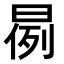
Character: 𣈙